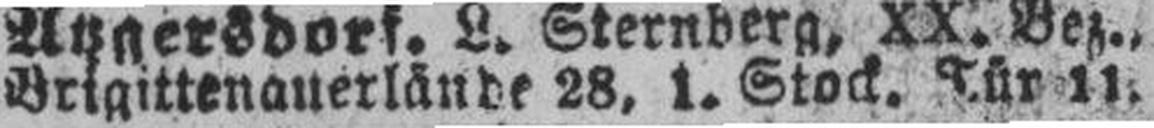
Brigittenauerlände 28, 1. Stock. Tür 11.